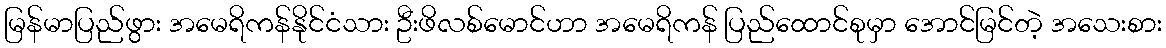
မြန်မာပြည်ဖွား အမေရိကန်နိုင်ငံသား ဦးဖိလစ်မောင်ဟာ အမေရိကန် ပြည်ထောင်စုမှာ အောင်မြင်တဲ့ အသေးစား